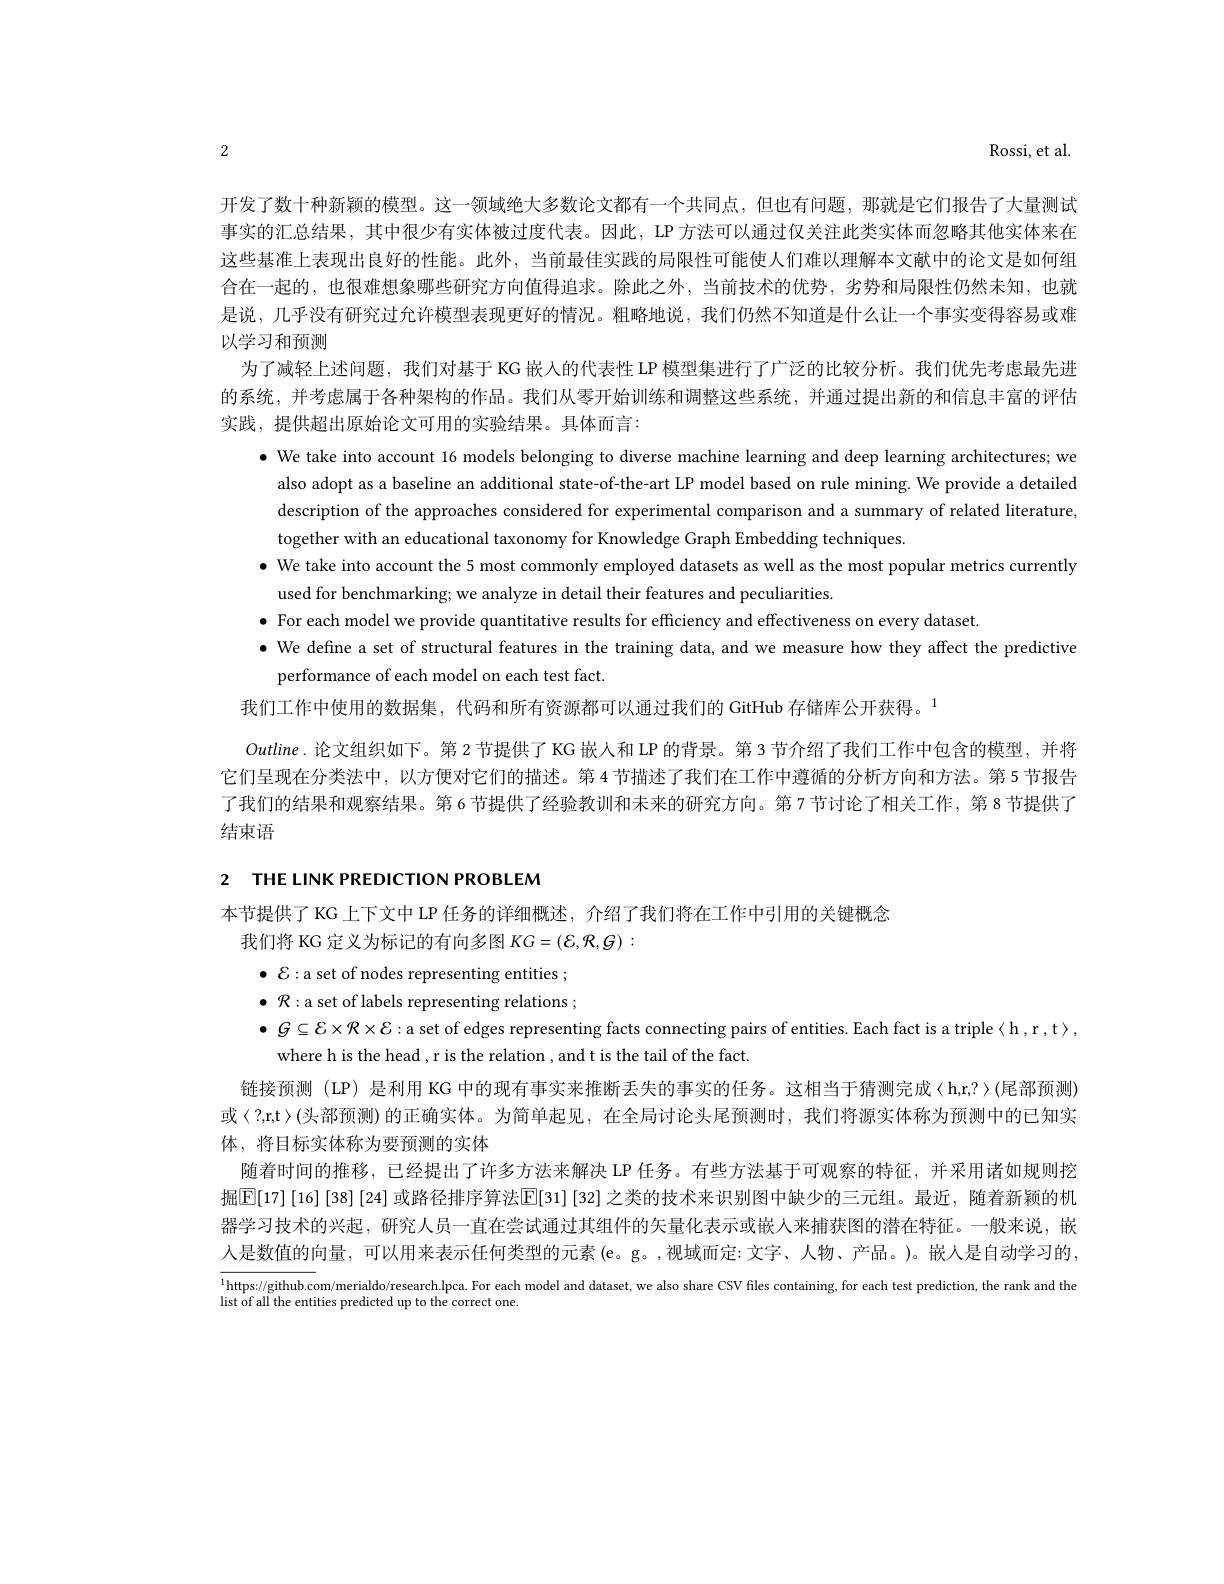
Rossi, et al.

2

开发了数十种新颖的模型。这一领域绝大多数论文都有一个共同点，但也有问题，那就是它们报告了大量测试事实的汇总结果，其中很少有实体被过度代表。因此，LP 方法可以通过仅关注此类实体而忽略其他实体来在这些基准上表现出良好的性能。此外，当前最佳实践的局限性可能使人们难以理解本文献中的论文是如何组合在一起的，也很难想象哪些研究方向值得追求。除此之外，当前技术的优势，劣势和局限性仍然未知，也就是说，几乎没有研究过允许模型表现更好的情况。粗略地说，我们仍然不知道是什么让一个事实变得容易或难以学习和预测
为了减轻上述问题，我们对基于 KG 嵌人的代表性 LP 模型集进行了广泛的比较分析。我们优先考虑最先进的系统，并考虑属于各种架构的作品。我们从零开始训练和调整这些系统，并通过提出新的和信息丰富的评估实践，提供超出原始论文可用的实验结果。具体而言：
$\bullet$ We take into account 16 models belonging to diverse machine learning and deep learning architectures; we
also adopt as a baseline an additional state-of-the-art LP model based on rule mining. We provide a detailed description of the approaches considered for experimental comparison and a summary of related literature, together with an educational taxonomy for Knowledge Graph Embedding techniques.
$\bullet$ We take into account the 5 most commonly employed datasets as well as the most popular metrics currently
used for benchmarking; we analyze in detail their features and peculiarities.
$\bullet$ For each model we provide quantitative results for efficiency and effectiveness on every dataset
$\bullet$ We define a set of structural features in the training data, and we measure how they affect the predictive
performance of each model on each test fact.
我们工作中使用的数据集，代码和所有资源都可以通过我们的 GitHub 存储库公开获得。$^{1}$
Outline.论文组织如下。第 2 节提供了 KG 嵌人和 LP 的背景。第 3 节介绍了我们工作中包含的模型，并将它们呈现在分类法中，以方便对它们的描述。第 4 节描述了我们在工作中遵循的分析方向和方法。第 5 节报告了我们的结果和观察结果。第 6 节提供了经验教训和未来的研究方向。第 7 节讨论了相关工作，第 8 节提供了结束语

2 THE LINK PREDICTION PROBLEM

本节提供了 KG 上下文中 LP 任务的详细概述，介绍了我们将在工作中引用的关键概念
我们将 KG 定义为标记的有向多图$KG=(\mathcal{E},\mathcal{R},\mathcal{G}):$
$\bullet{\mathcal{E}}:$a set of nodes representing entities ; $\bullet{\mathcal{R}}:$a set of labels representing relations ; $\bullet G\subseteq\mathcal{E}\times\mathcal{R}\times\mathcal{E}:$a set of edges representing facts connecting pairs of entities. Each fact is a triple{ < h, r , t> ,
where h is the head, r is the relation , and t is the tail of the fact.
链接预测 (LP) 是利用 KG 中的现有事实来推断丢失的事实的任务。这相当于猜测完成〈h,r,?〉(尾部预测) 或〈?,r,t〉(头部预测)的正确实体。为简单起见，在全局讨论头尾预测时，我们将源实体称为预测中的已知实体，将目标实体称为要预测的实体
随着时间的推移，已经提出了许多方法来解决 LP 任务。有些方法基于可观察的特征，并采用诸如规则挖掘$[\mathbb{E}[17]\left[16\right]\left[38\right]\left[24\right]$或路径排序算法$\mathbb{E}[31]\left[32\right]$之类的技术来识别图中缺少的三元组。最近，随着新颖的机器学习技术的兴起，研究人员一直在尝试通过其组件的矢量化表示或嵌人来捕获图的潜在特征。一般来说，嵌人是数值的向量，可以用来表示任何类型的元素(e。g。,视域而定：文字、人物、产品。)。嵌人是自动学习的$^{1}$https;//github.com/merialdo/research.lpca. For each model and dataset, we also share CSV files containing, for each test prediction, the rank and the

list of all the entities predicted up to the correct one.